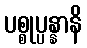
ပစ္စုပ္ပန္နာနိ